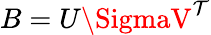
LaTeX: B=U\SigmaV^{\mathcal{T}}